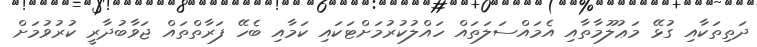
ދަތިތަކާއި ގުޅޭ މަޢުލޫމާތާއި އެމައްސަލަތައް ހައްލުކުރުމަށްޓަކައި ކަމާއި ބެހޭ ފަރާތްތައް ޖަވާބުދާރީ ކުރުވުމަށް